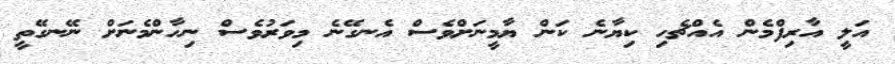
އަލީ އާރިފްމެން އެއްޗެހި ކިޔާނެ ކަން ޔާމީނަށްވެސް އެނގޭނެ މިވަރުވެސް ނިހާންމެނަށް ނޭނގޭތީ